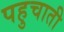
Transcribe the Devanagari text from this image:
पहुचाती